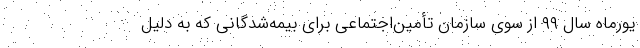
یورماه سال ۹۹ از سوی سازمان تأمین‌اجتماعی برای بیمه‌شدگانی که به دلیل